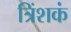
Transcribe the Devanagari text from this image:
त्रिंशकं